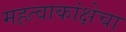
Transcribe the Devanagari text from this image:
महत्वाकांक्षेचा